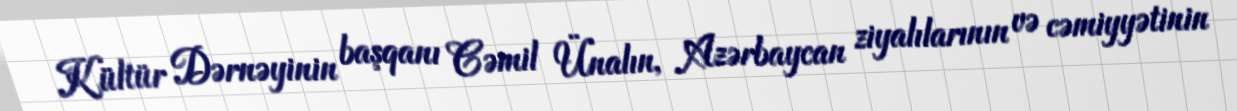
Kültür Dərnəyinin başqanı Cəmil Ünalın, Azərbaycan ziyalılarının və cəmiyyətinin